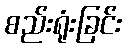
စည်းရုံးခြင်း